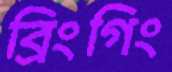
ব্রিংগিং